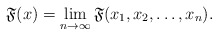
\begin{align*}\mathfrak{F}(x)=\lim_{n\rightarrow\infty}\mathfrak{F}(x_{1},x_{2},\dots,x_{n}).\end{align*}